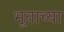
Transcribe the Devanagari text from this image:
भूताच्या